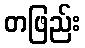
တဖြည်း